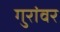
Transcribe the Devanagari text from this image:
गुरांवर